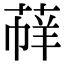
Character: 𦳟